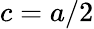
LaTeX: c=a/2